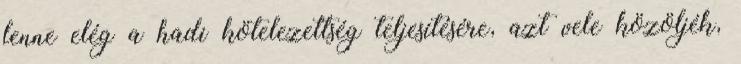
lenne elég a hadi kötelezettség teljesítésére, azt vele közöljék,